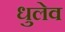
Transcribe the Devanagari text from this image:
धुलेव